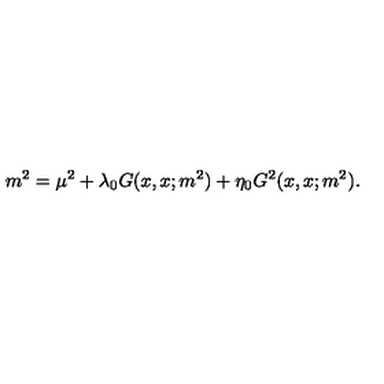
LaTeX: m ^ { 2 } = \mu ^ { 2 } + \lambda _ { 0 } G ( x , x ; m ^ { 2 } ) + \eta _ { 0 } G ^ { 2 } ( x , x ; m ^ { 2 } ) .